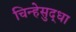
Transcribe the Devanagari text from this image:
चिन्हेसुद्धा